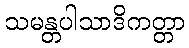
သမန္တပါသာဒိကတ္တာ